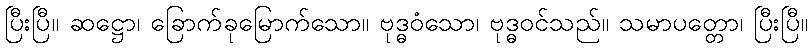
ပြီးပြီ။ ဆဋ္ဌော၊ ခြောက်ခုမြောက်သော။ ဗုဒ္ဓဝံသော၊ ဗုဒ္ဓဝင်သည်။ သမာပတ္တော၊ ပြီးပြီ။